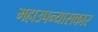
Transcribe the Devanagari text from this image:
महाउपन्यासकार